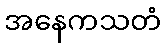
အနေကသတံ